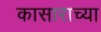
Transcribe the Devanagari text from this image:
कासाराच्या